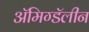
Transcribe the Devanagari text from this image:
ॲमिग्डॅलीन